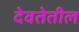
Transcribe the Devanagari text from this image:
देवतेतील